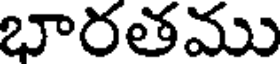
భారతము